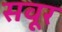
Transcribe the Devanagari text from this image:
सवूर